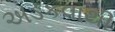
અડકવાથી